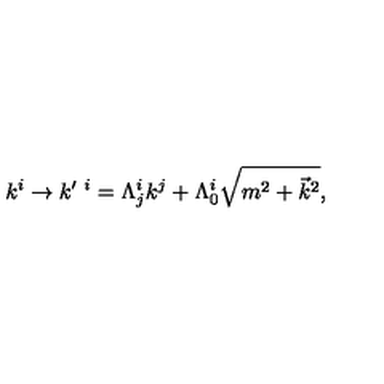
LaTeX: k ^ { i } \rightarrow k ^ { \prime \ i } = \Lambda _ { j } ^ { i } k ^ { j } + \Lambda _ { 0 } ^ { i } \sqrt { m ^ { 2 } + { \vec { k } } ^ { 2 } } ,